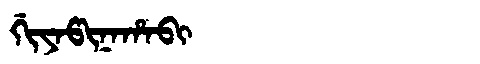
Manchu: ᡤᡳᠶᠠᡦᡳᠨᠠᡥᠠᠪᡳ
Romanization: GIYAPINAHABI